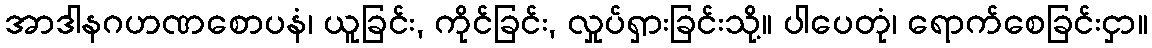
အာဒါနဂဟဏစောပနံ၊ ယူခြင်း, ကိုင်ခြင်း, လှုပ်ရှားခြင်းသို့။ ပါပေတုံ၊ ရောက်စေခြင်းငှာ။